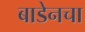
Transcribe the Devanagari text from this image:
बाडेनचा